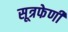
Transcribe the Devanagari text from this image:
सूत्रफेणी